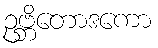
ဥဗ္ဘိတောဒကော